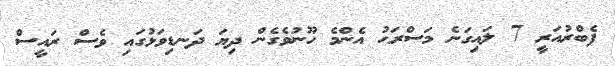
ފެބްރުއަރީ 7 ލައިގަނެ މަސްރަޙު އެންމެ ހޫނުވެގެން ދިޔަ ދަނޑިވަޅުގައި ވެސް ރައީސް